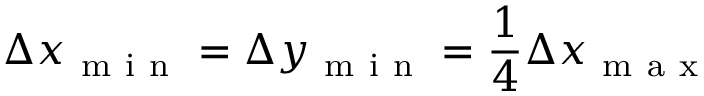
\Delta x _ { \mathrm { ~ m ~ i ~ n ~ } } = \Delta y _ { \mathrm { ~ m ~ i ~ n ~ } } = \frac { 1 } { 4 } \Delta x _ { \mathrm { ~ m ~ a ~ x ~ } }